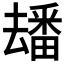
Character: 𤳗